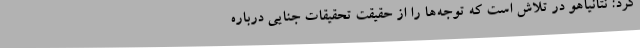
کرد: نتانیاهو در تلاش است که توجه‌ها را از حقیقت تحقیقات جنایی درباره